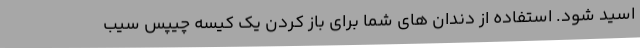
اسید شود. استفاده از دندان های شما برای باز کردن یک کیسه چیپس سیب